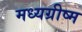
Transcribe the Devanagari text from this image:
मध्यग्रीष्म